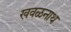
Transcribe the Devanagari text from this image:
खवळनाथ